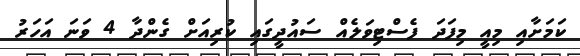
ކަމަށާއި މިއީ މިފަދަ ފެސްޓިވަލެއް ސައުދީގައި ކުރިއަށް ގެންދާ 4 ވަނަ އަހަރު